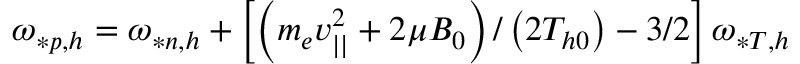
\omega _ { * p , h } = \omega _ { * n , h } + \left[ \left( m _ { e } v _ { | | } ^ { 2 } + 2 \mu B _ { 0 } \right) / \left( 2 T _ { h 0 } \right) - 3 / 2 \right] \omega _ { * T , h }